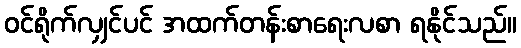
ဝင်ရိုက်လျှင်ပင် အထက်တန်းစာရေးလစာ ရနိုင်သည်။